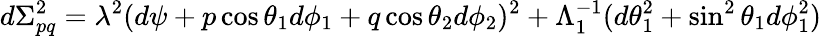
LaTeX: d\Sigma_{pq}^{2}=\lambda^{2}(d\psi+p\cos\theta_{1}d\phi_{1}+q\cos\theta_{2}d\phi_{2})^{2}+\Lambda_{1}^{-1}(d\theta_{1}^{2}+\sin^{2}\theta_{1}d\phi_{1}^{2})